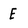
Character: E